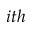
i t h